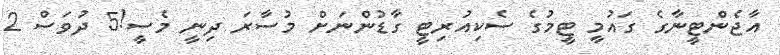
އާޖެންޓީނާގެ ގައުމީ ޓީމުގެ ސެކިއުރިޓީ ގާޑުންނަށް މުސާރަ ދިނީ މެސީ!5 ދުވަސް 2